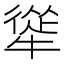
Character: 㹐